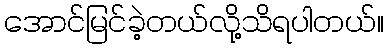
အောင်မြင်ခဲ့တယ်လို့သိရပါတယ်။